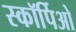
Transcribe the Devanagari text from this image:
स्कॉर्पिओ